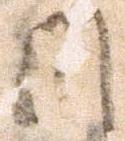
州